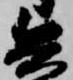
兵